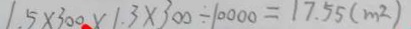
1 . 5 \times 3 0 0 \times 1 . 3 \times 3 0 0 \div 1 0 0 0 0 = 1 7 . 5 5 ( m ^ { 2 } )